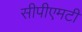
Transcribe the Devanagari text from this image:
सीपीएमटी